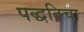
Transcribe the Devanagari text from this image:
पद्धतिचा